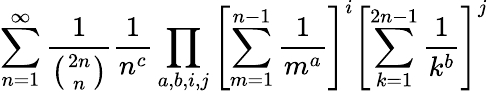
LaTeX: \sum_{n=1}^{\infty}\frac{1}{\left(2n\atop n\right)}\frac{1}{n^{c}}\prod_{a,b,i,j}\left[\sum_{m=1}^{n-1}\frac{1}{m^{a}}\right]^{i}\left[\sum_{k=1}^{2n-1}\frac{1}{k^{b}}\right]^{j}